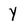
Character: y